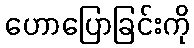
ဟောပြောခြင်းကို